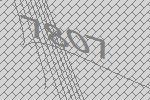
7807